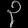
Digit: ၃